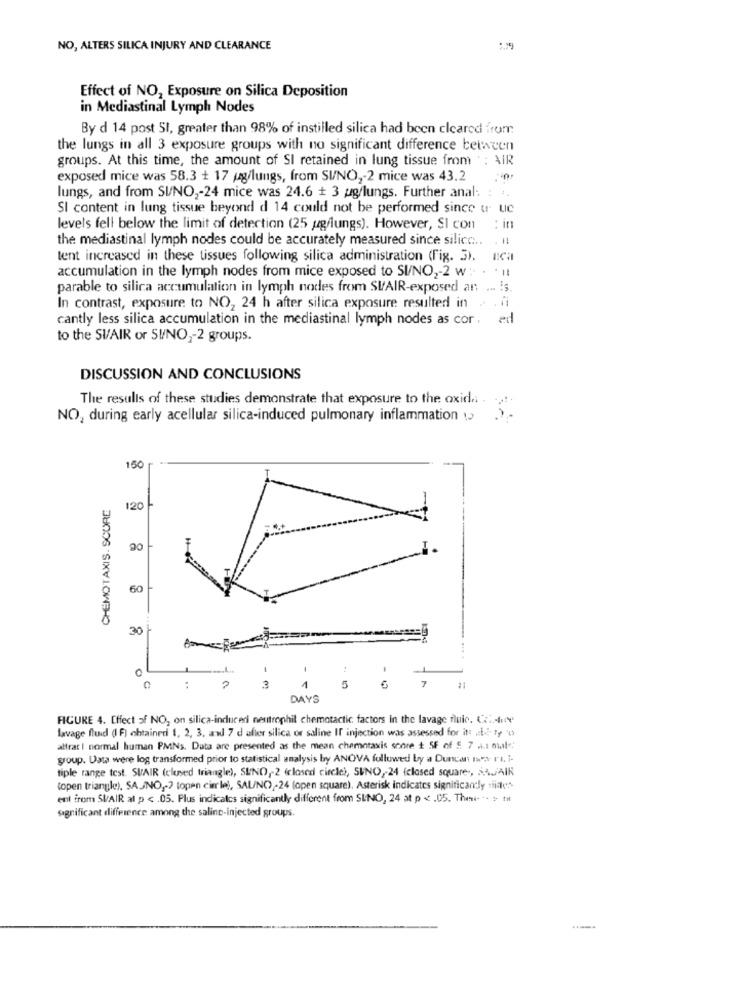
NO, ALTERS SILICA INJURY AND CLEARANCE
Effect of NO, Exposure on Silica Deposition
in Mediastinal Lymph Nodes
By d 14 post SI, greater than 98% of instilled silica had been cleared from
the lungs in all 3 exposure groups with no significant difference between
groups. At this time, the amount of SI retained in lung tissue from : AIR
exposed mice was 58.3 + 17 pg/lungs, from SI/NO ,- 2 mice was 43.2
lungs, and from SI/NO ,- 24 mice was 24.6 + 3 ug/lungs. Further anal:
SI content in lung tissue beyond d 14 could not be performed since u uc
levels fell below the limit of detection (25 gg/lungs). However, SI con : in
the mediastinal lymph nodes could be accurately measured since silico ... . Il
tent increased in these tissues following silica administration (Fig. 3).
accumulation in the lymph nodes from mice exposed to SI/NO2-2 w :.
. ...
parable to silica accumulation in lymph nodes from SUAIR-exposed an ... . s.
In contrast, exposure to NO, 24 h after silica exposure resulted in . .
cantly less silica accumulation in the mediastinal lymph nodes as cor, ed
to the SV/AIR or SI/NO ,- 2 groups.
DISCUSSION AND CONCLUSIONS
The results of these studies demonstrate that exposure to the oxida . ....
NO, during early acellular silica-induced pulmonary inflammation w> >-
150
CHEMOTAXIS. SCURE
120
90
60
30
3
1
5
7 1
DAYS
FIGURE 4. Effect of NO, on silica-inducedi neutrophil chemotactic factors In the lavage fuic. Co .- free
lavage fluid (F) obtained 1, 2, 3, and 7 d after silica or saline If injection was assessed for it atry to
attrar | normal human PMNs. Data are presented as the mean chemotaxis sonre t SF of 5 7 a .: male:
group. Data were log transformed prior to statistical analysis by ANOVA followed by a Duncan Iset ri. i-
tiple range test. SUAIR (closed triangle), SUND ,- 2 (closed circle), SINO ,- 24 (closed square, AAJAIK
(open triangle), SAJNO ,-? topen cierle), SAL/NO) -24 (open square). Asterisk indicates significandy niales
ent from SIAIR at p < . 05. Plus indicates significantly different from SINO, 24 at p < . 05. Then- -- > IH
significant difference among the saline-injected groups.